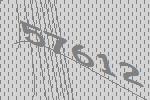
57612